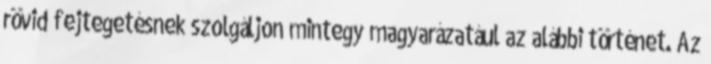
rövid fejtegetésnek szolgáljon mintegy magyarázatául az alábbi történet. Az